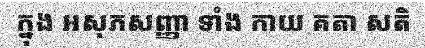
ក្នុង អសុភសញ្ញា ទាំង កាយ គតា សតិ